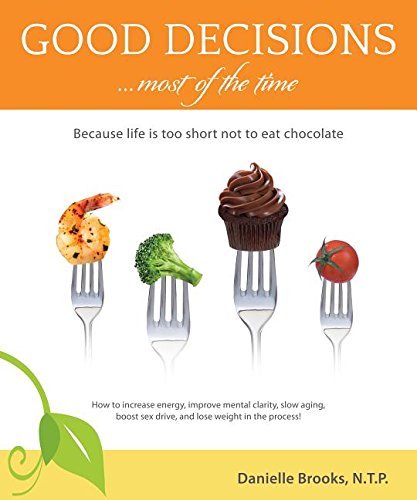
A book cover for Good Decisions Most of the Time: Because Life Is Too Short Not to Eat Chocolate (More Then Just a Nutrition Book); Danielle Brooks; Health, Fitness & Dieting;